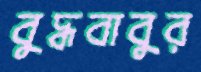
বুদ্ধবাবুর